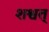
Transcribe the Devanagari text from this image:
शश्वत्